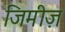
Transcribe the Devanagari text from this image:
जिमीज़